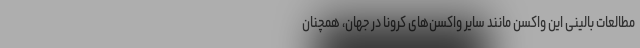
مطالعات بالینی این واکسن مانند سایر واکسن‌های کرونا در جهان، همچنان